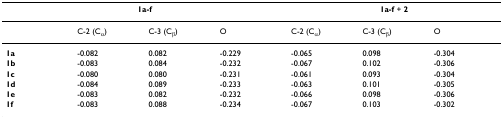
<table><thead><tr><td colspan="4"><b>1a-f</b></td><td colspan="3"><b>1a-f + 2</b></td></tr></thead><tbody><tr><td></td><td>C-2 (C<sub>α</sub>)</td><td>C-3 (C<sub>β</sub>)</td><td>O</td><td>C-2 (C<sub>α</sub>)</td><td>C-3 (C<sub>β</sub>)</td><td>O</td></tr><tr><td><b>1a</b></td><td>-0.082</td><td>0.082</td><td>-0.229</td><td>-0.065</td><td>0.098</td><td>-0.304</td></tr><tr><td><b>1b</b></td><td>-0.083</td><td>0.084</td><td>-0.232</td><td>-0.067</td><td>0.102</td><td>-0.306</td></tr><tr><td><b>1c</b></td><td>-0.080</td><td>0.080</td><td>-0.231</td><td>-0.061</td><td>0.093</td><td>-0.304</td></tr><tr><td><b>1d</b></td><td>-0.084</td><td>0.089</td><td>-0.233</td><td>-0.063</td><td>0.101</td><td>-0.305</td></tr><tr><td><b>1e</b></td><td>-0.083</td><td>0.082</td><td>-0.232</td><td>-0.066</td><td>0.098</td><td>-0.306</td></tr><tr><td><b>1f</b></td><td>-0.083</td><td>0.088</td><td>-0.234</td><td>-0.067</td><td>0.103</td><td>-0.302</td></tr></tbody></table>